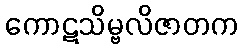
ကောဋသိမ္ဗလိဇာတက